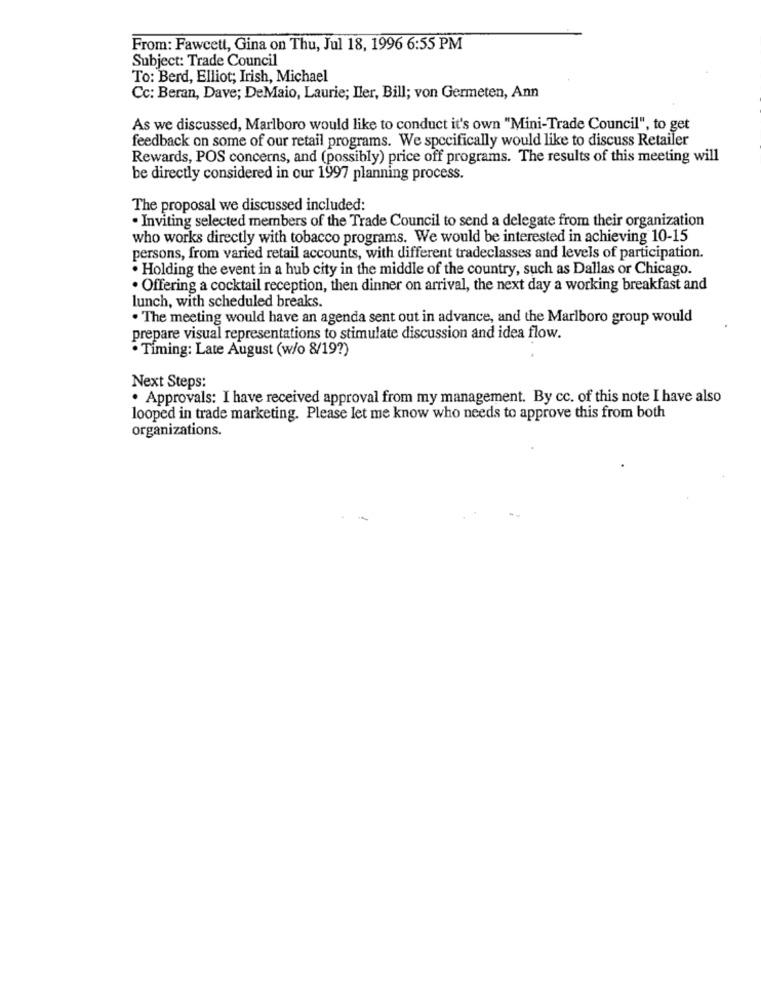
From: Fawcett, Gina on Thu, Jul 18, 1996 6:55 PM
Subject: Trade Council
To: Berd, Elliot; Irish, Michael
Cc: Beran, Dave; DeMaio, Laurie; Iler, Bill; von Germeten, Ann
As we discussed, Marlboro would like to conduct it's own "Mini-Trade Council", to get
feedback on some of our retail programs. We specifically would like to discuss Retailer
Rewards, POS concerns, and (possibly) price off programs. The results of this meeting will
be directly considered in our 1997 planning process.
The proposal we discussed included:
. Inviting selected members of the Trade Council to send a delegate from their organization
who works directly with tobacco programs. We would be interested in achieving 10-15
persons, from varied retail accounts, with different tradeclasses and levels of participation.
. Holding the event in a hub city in the middle of the country, such as Dallas or Chicago.
. Offering a cocktail reception, then dinner on arrival, the next day a working breakfast and
lunch, with scheduled breaks.
. The meeting would have an agenda sent out in advance, and the Marlboro group would
prepare visual representations to stimulate discussion and idea flow.
. Timing: Late August (w/o 8/19?)
Next Steps:
· Approvals: I have received approval from my management. By cc. of this note I have also
looped in trade marketing. Please let me know who needs to approve this from both
organizations.